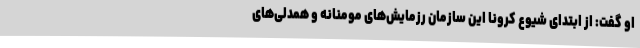
او گفت: از ابتدای شیوع کرونا این سازمان رزمایش‌های مومنانه و همدلی‌های